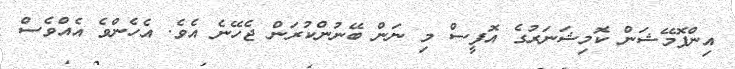
އިންފޮމޭޝަން ކޮމިޝަނަރުގެ އޮފީސް މި ނަން ބޭނުންކުރަން ޖެހޭނެ އެވެ. އެހެންވެ އެއްވެސް